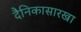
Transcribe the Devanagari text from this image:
दैनिकासारखा